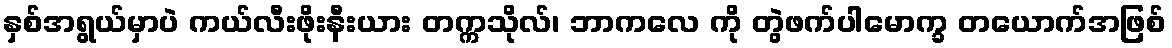
နှစ်အရွယ်မှာပဲ ကယ်လီးဖိုးနီးယား တက္ကသိုလ်၊ ဘာကလေ ကို တွဲဖက်ပါမောက္ခ တယောက်အဖြစ်